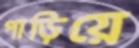
পাড়িয়ে